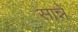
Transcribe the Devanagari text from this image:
सान्ने